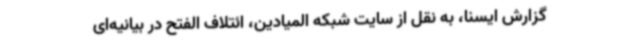
گزارش ایسنا، به نقل از سایت شبکه المیادین، ائتلاف الفتح در بیانیه‌ای